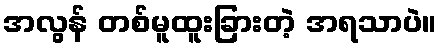
အလွန် တစ်မူထူးခြားတဲ့ အရသာပဲ။